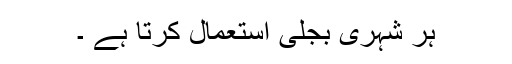
ہر شہری بجلی استعمال کرتا ہے ۔